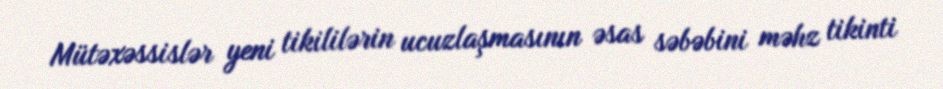
Mütəxəssislər yeni tikililərin ucuzlaşmasının əsas səbəbini məhz tikinti